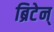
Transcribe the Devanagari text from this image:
ब्रिटेन्